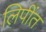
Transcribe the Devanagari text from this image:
लिपींत